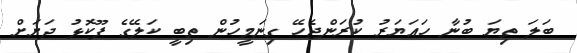
ބަލަ ތިޔަ ބުނާ ހައަޔަރު ކުރަންޖެހޭ ގިނަމީހުން ތިބީ ކަލޭގެ ފޫކޮޅު ދަށަށް